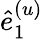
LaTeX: \hat{e}_{1}^{(u)}